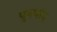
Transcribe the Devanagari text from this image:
पुनर्वाद